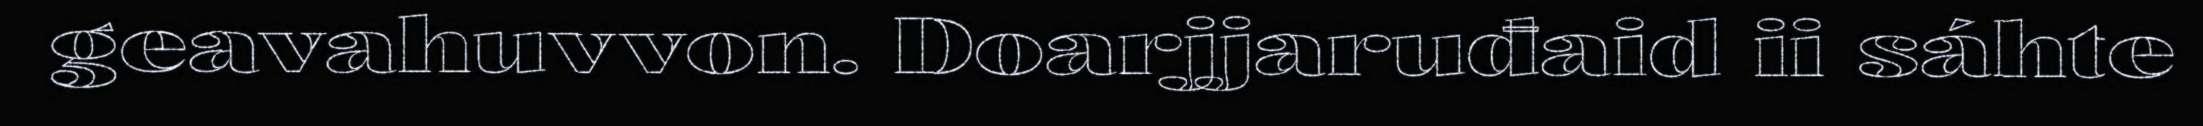
geavahuvvon. Doarjjaruđaid ii sáhte